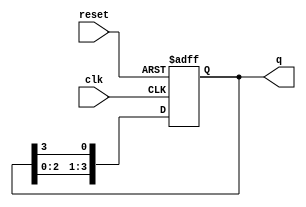
module ring_counter #(
    parameter N = 4  // Number of flip-flops (bits)
)(
    input wire clk,         // Clock input
    input wire reset,       // Asynchronous reset
    output reg [N-1:0] q    // Output state
);

// Initial state of the counter
initial begin
    q = 1'b1; // Start with the first flip-flop set to 1
end

always @(posedge clk or posedge reset) begin
    if (reset) begin
        // Reset the counter to initial state
        q <= 1'b1 << (N-1); // Set initial state to 100...0
    end else begin
        // Shift the '1' around in the ring counter
        q <= {q[N-2:0], q[N-1]};
    end
end

endmodule